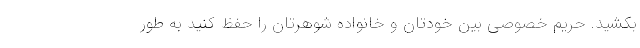
بکشید. حریم خصوصی بین خودتان و خانواده شوهرتان را حفظ کنید به طور